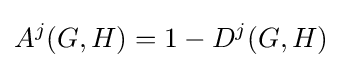
A^{j}(G,H)=1-D^{j}(G,H)